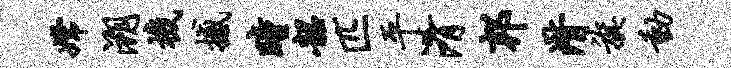
嫦溯机撼瞳韶匹平淆邦潸旗动